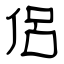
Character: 侶